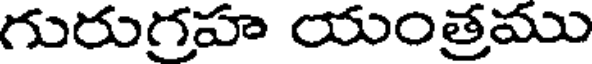
గురుగ్రహ యంత్రము